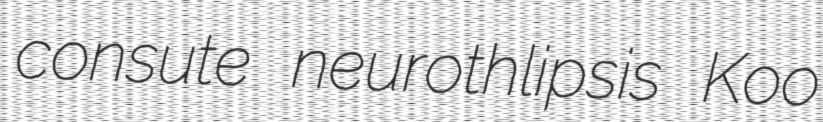
consute neurothlipsis Koo